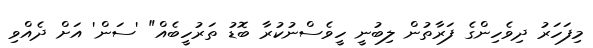
މިފަހަރު ދިވެހިންގެ ފަރާތުން ލިބުނީ ހީވެސްނުކުރާ ބޮޑު ތަރުހީބެއް" 'ސަން' އަށް ދެއްވި